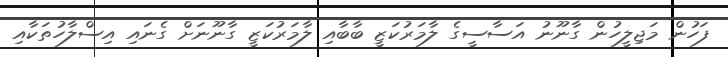
ފަހުން މަޖިލީހުން ގާނޫނު އަސާސީގެ ލާމަރުކަޒީ ބާބާއި ލާމަރުކަޒީ ގާނޫނަށް ގެނައި އިސްލާހުތަކާއި